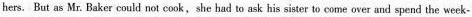
hers. But as Mr. Baker could not cook, she had to ask his sister to come over and spend the week-